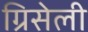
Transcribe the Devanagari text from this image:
ग्रिसेली